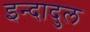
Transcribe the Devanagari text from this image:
इन्दादुल